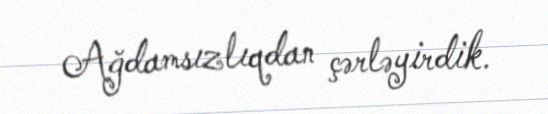
Ağdamsızlıqdan çərləyirdik.